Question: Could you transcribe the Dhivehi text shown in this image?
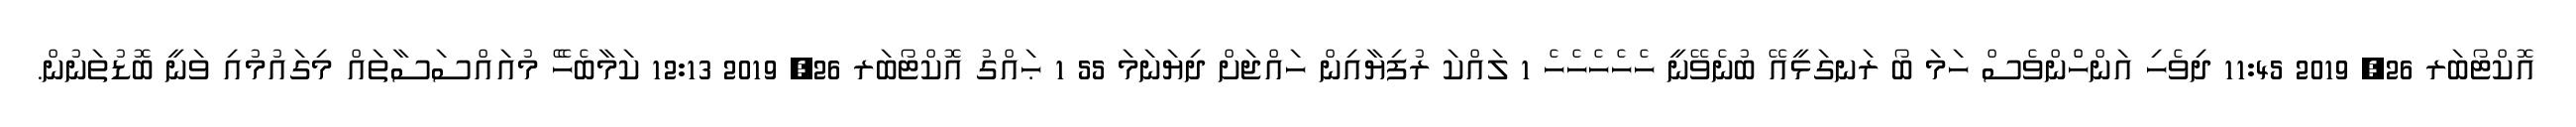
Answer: އޮކްޓޯބަރ 26, 2019 11:45 ދިވެހި އަންހެުންވެސް ހަމަ ބޯ ރަނގަޅީއޭ ބުނެވޭނީ ހެހެހެހެހެ 1 ލައްކަ ރުފިޔާއިން ހައްޖަށް ދިޔަނަމަ 55 1 ޙައްގު އޮކްޓޯބަރ 26, 2019 12:13 ކަމާބެހެޭ މުއައްސަސާތައް މިގައުމުއި ވަނީ ބޮޑުތަނުން.